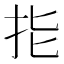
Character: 𢪲